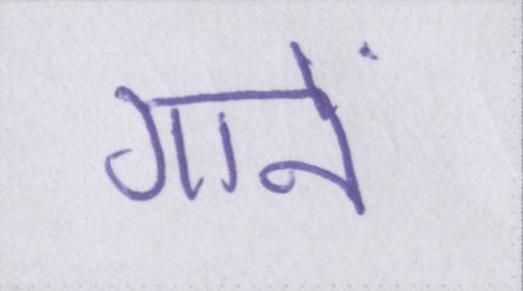
गानें